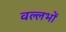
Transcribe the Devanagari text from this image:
वल्लभों